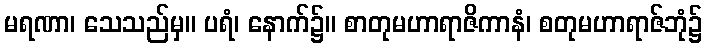
မရဏာ၊ သေသည်မှ။ ပရံ၊ နောက်၌။ စာတုမဟာရာဇိကာနံ၊ စတုမဟာရာဇ်ဘုံ၌